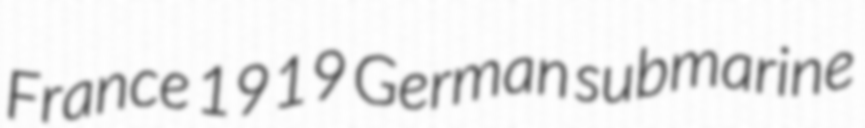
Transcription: France 1919 German submarine